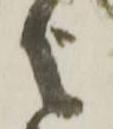
之